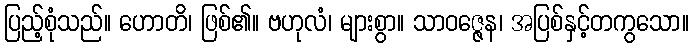
ပြည့်စုံသည်။ ဟောတိ၊ ဖြစ်၏။ ဗဟုလံ၊ များစွာ။ သာဝဇ္ဇေန၊ အပြစ်နှင့်တကွသော။